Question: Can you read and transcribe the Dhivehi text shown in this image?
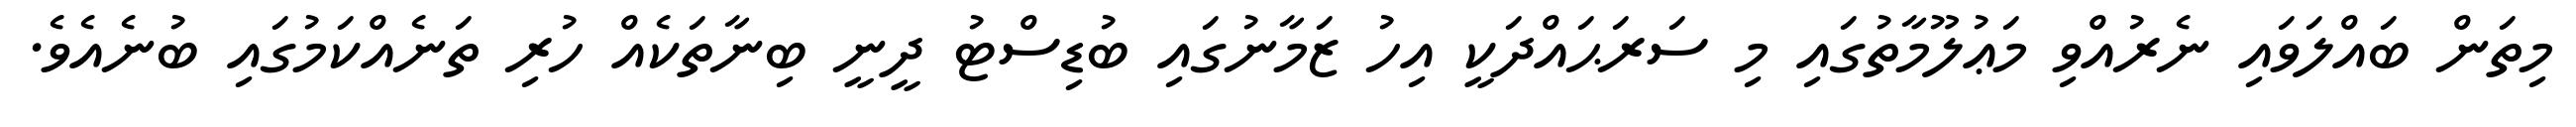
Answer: މިތަން ބައްލަވައި ނެރުއްވި މަޢުލޫމާތުގައި މި ސަރަޙައްދަކީ އިހު ޒަމާނުގައި ބުޑިސްޓު ދީނީ ބިނާތަކެއް ހުރި ތަނެއްކަމުގައި ބުނެއެވެ.